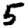
Digit: 5